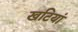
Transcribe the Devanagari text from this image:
खटियां